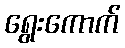
ရွေးကောက်